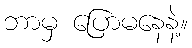
ဘာမှ ပြောမနေနဲ့။